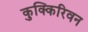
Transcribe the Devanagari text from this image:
कुक्किरिवन